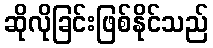
ဆိုလိုခြင်းဖြစ်နိုင်သည်